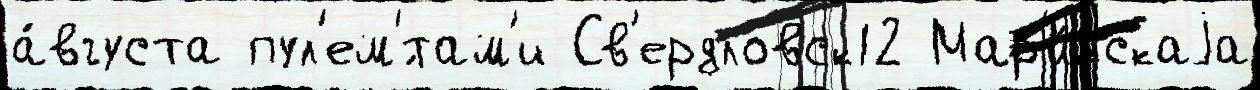
а́вгуста пул'ем'́там'и Св'ердловск12 Мар'и́йскаjа